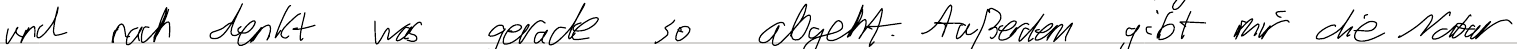
und nach denkt was gerade so abgeht. Außerdem gibt mir die Natur